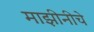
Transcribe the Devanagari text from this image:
माझीनीचे